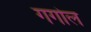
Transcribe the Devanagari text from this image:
गगोल